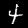
Label: 4